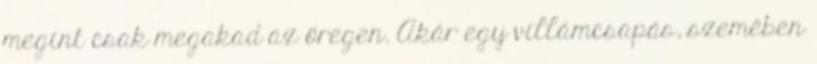
megint csak megakad az öregen. Akár egy villámcsapás, szemében